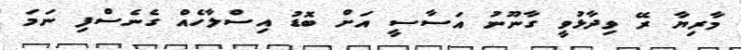
މާރިޔާ ރޭ ވިދާޅުވީ ގާނޫނު އަސާސީ އަށް ބޮޑު އިސްލާހެއް ގެނެސްފި ނަމަ